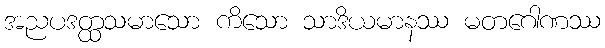
အညပဒတ္ထသမာသော ကိသော သာဒိယမာနဿ မတဂေါဏဿ